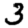
Digit: 3